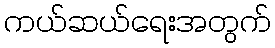
ကယ်ဆယ်ရေးအတွက်